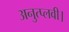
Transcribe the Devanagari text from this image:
अनुत्प्लवी।